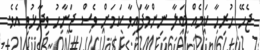
ޖެހޭ ހުރިހާ ކަމެއް ބަލާ ނިންމާފައިވާ ކަމަށް ވެސް ޖަނާހު ވިދާޅުވި އެވެ.